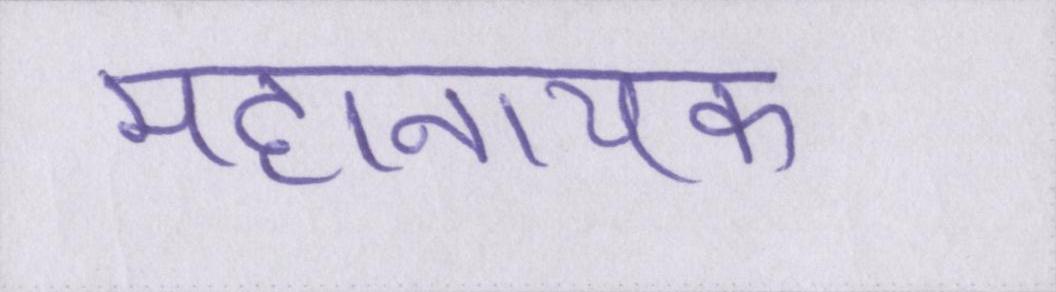
महानायक